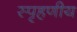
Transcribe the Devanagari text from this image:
स्‍पृहणीय